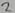
Text: 2